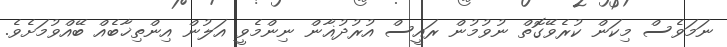
ނަމަވެސް މިކަން ކުރެވޭގޮތް ނުވުމުން ރައީސް އުރުދުޣާން ނިންމެވީ އަލުން އިންތިޚާބެއް ބޭއްވުމަށެވެ.